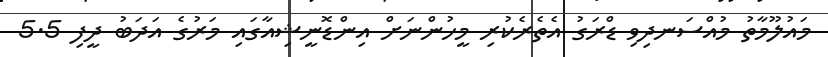
މައުލޫމާތު މުއްސަނދިވި ޑްރަގު އެތެރެކުރި މީހުންނަށް އިންޑޮނީޝިއާގައި މަރުގެ އަދަބު ދީފި 5.5